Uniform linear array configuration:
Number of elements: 16
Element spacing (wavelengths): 0.5
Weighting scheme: cosine
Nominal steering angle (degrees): -45
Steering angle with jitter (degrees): -45.696
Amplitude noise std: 0.05
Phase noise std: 0.05

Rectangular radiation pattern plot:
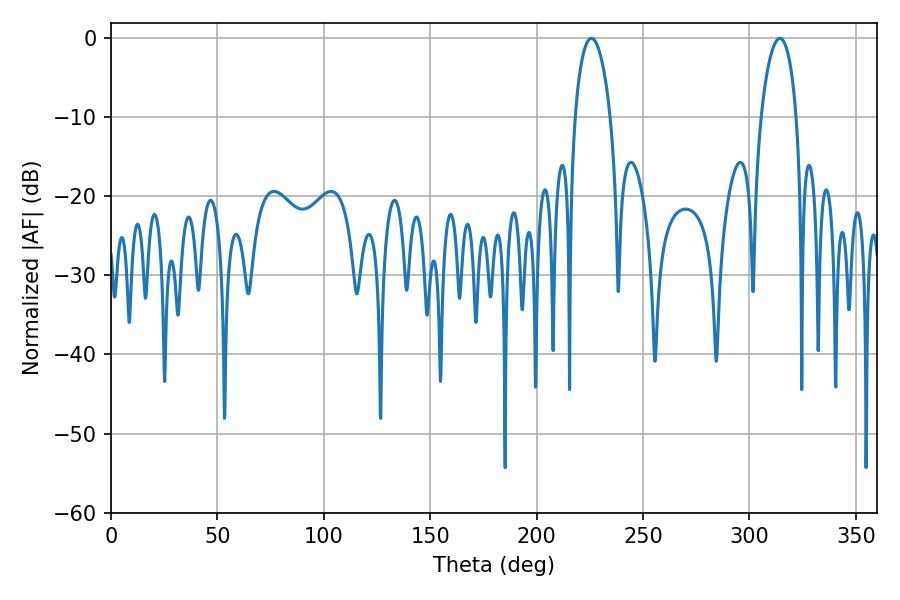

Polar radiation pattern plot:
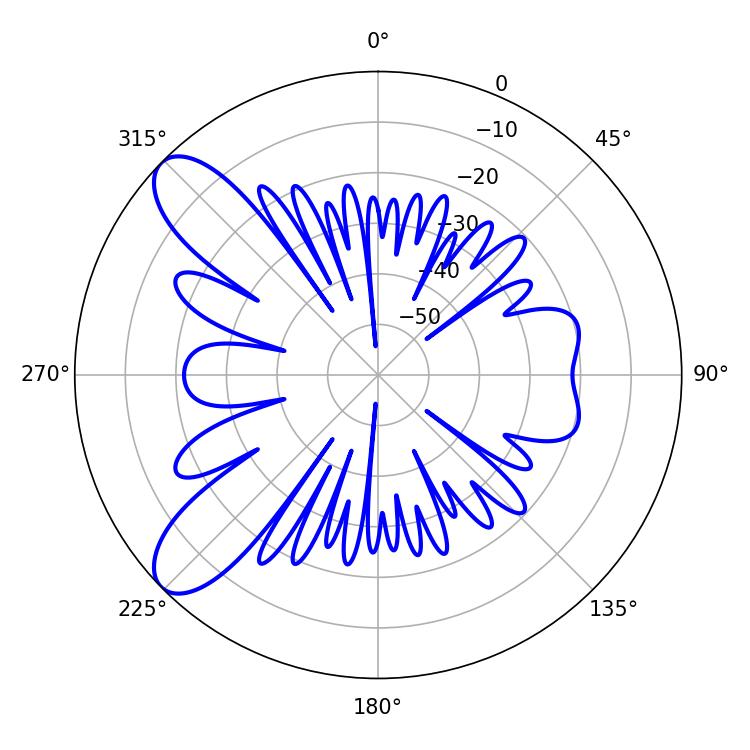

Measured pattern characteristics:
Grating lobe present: FALSE
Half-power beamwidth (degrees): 9.36
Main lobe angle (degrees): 314.28